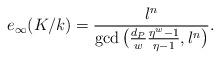
LaTeX: \begin{align*}e_{\infty}(K/k)=\frac{l^n}{\gcd\big(\frac {d_P}w \frac{{\eta}^w-1}{{\eta}-1},l^n\big)}.\end{align*}